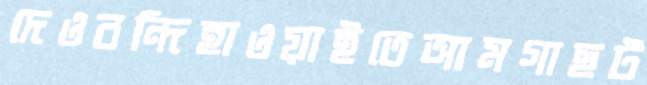
দেওবন্দিহাওয়াইতেআমগাছট